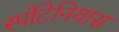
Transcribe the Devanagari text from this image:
स्पोंटेनियास